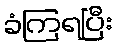
ခံကြရပြီး